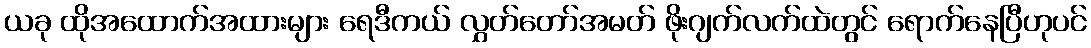
ယခု ထိုအထောက်အထားများ ရေဒီကယ် လွှတ်တော်အမတ် ဖိုးဂျက်လက်ထဲတွင် ရောက်နေပြီဟုပင်